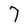
Character: 7